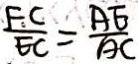
\frac { F C } { E C } = \frac { A E } { A C }